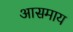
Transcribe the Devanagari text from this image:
आसमाय